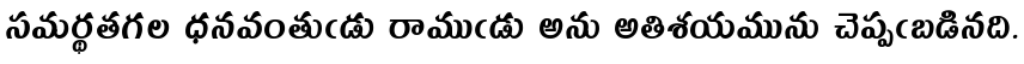
సమర్థతగల ధనవంతుఁడు రాముఁడు అను అతిశయమును చెప్పఁబడినది.